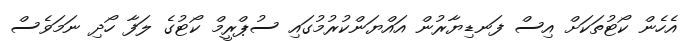
އެހެން ކޯޓުތަކަށް އިސް ފަނޑިޔާރުން އައްޔަންކުރުމުގައި ސުޕްރީމް ކޯޓުގެ ލަފާ ހޯދި ނަމަވެސް